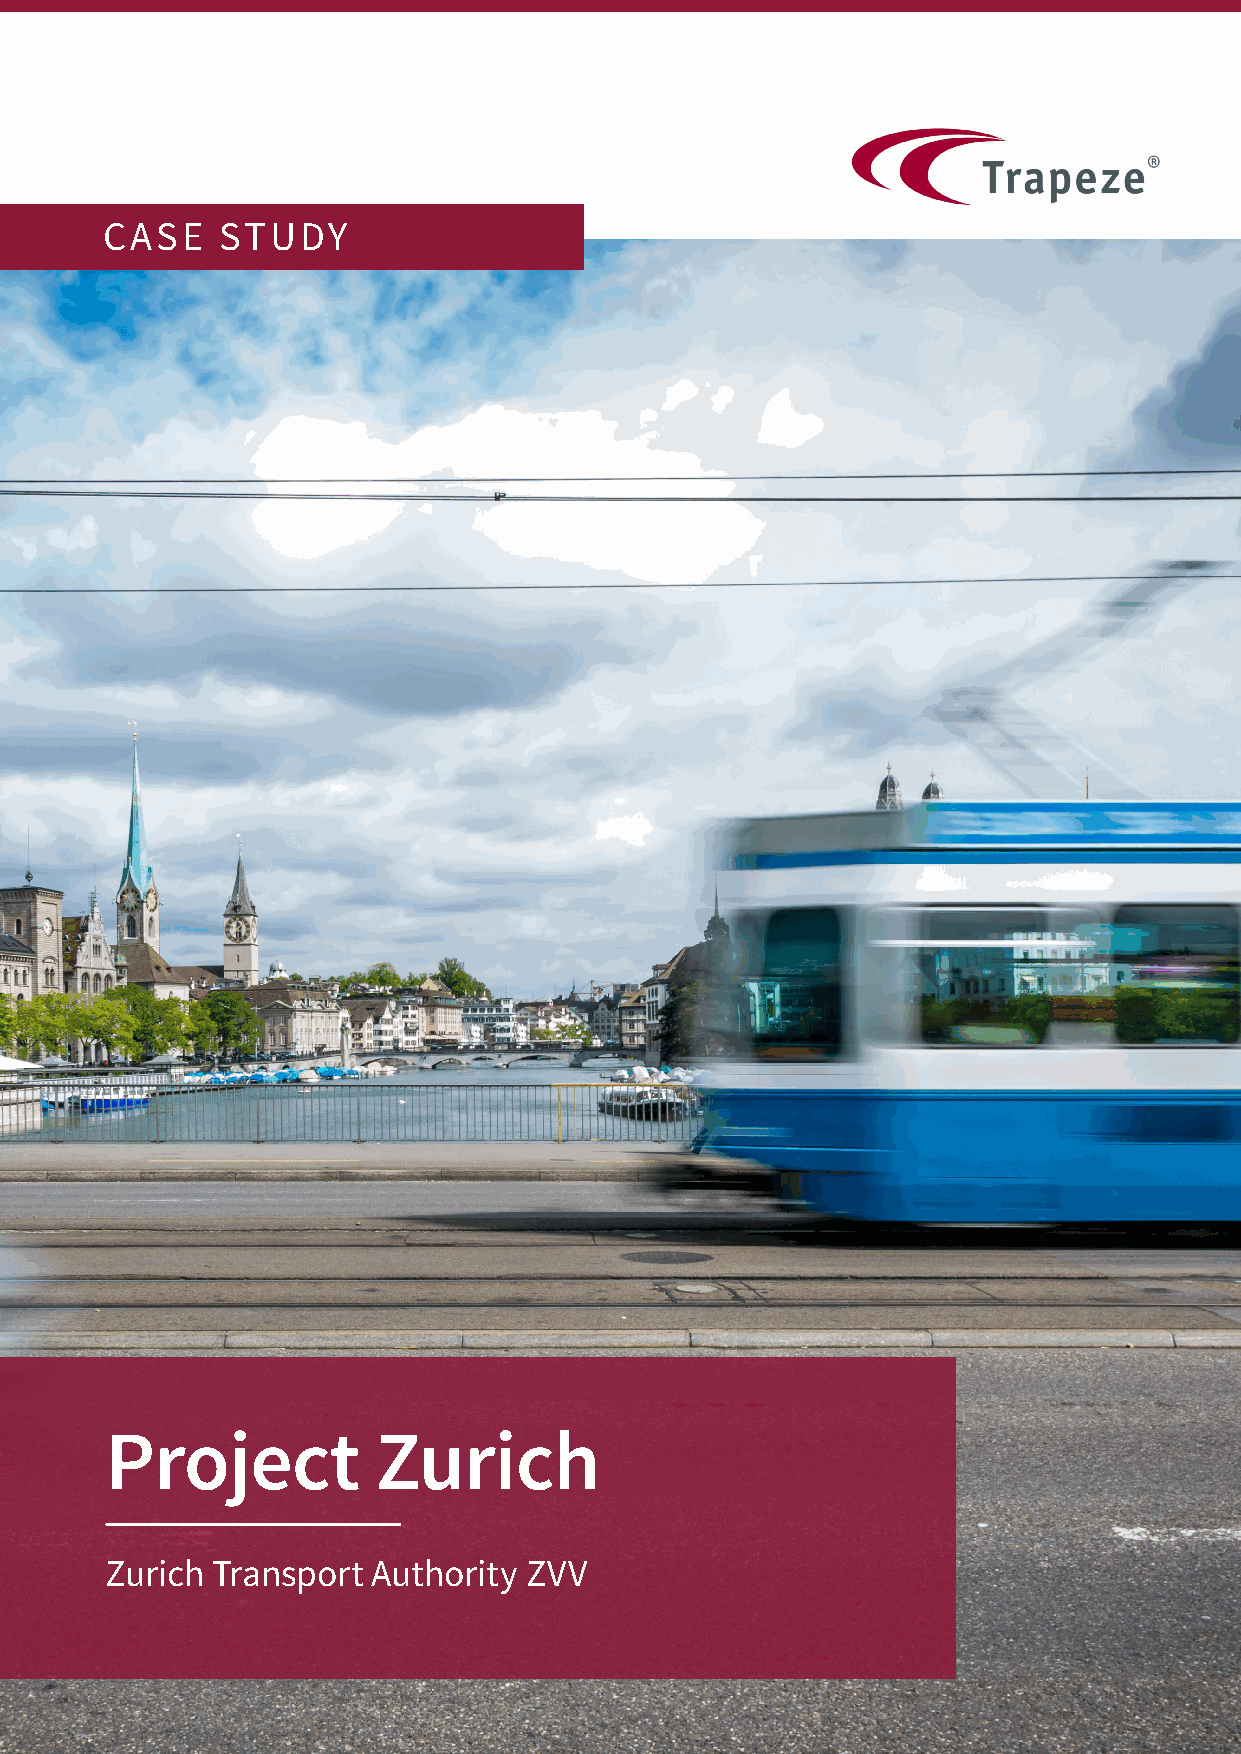
CASE    STUDY
 Project           Zurich
 Zurich Transport  Authority ZVV